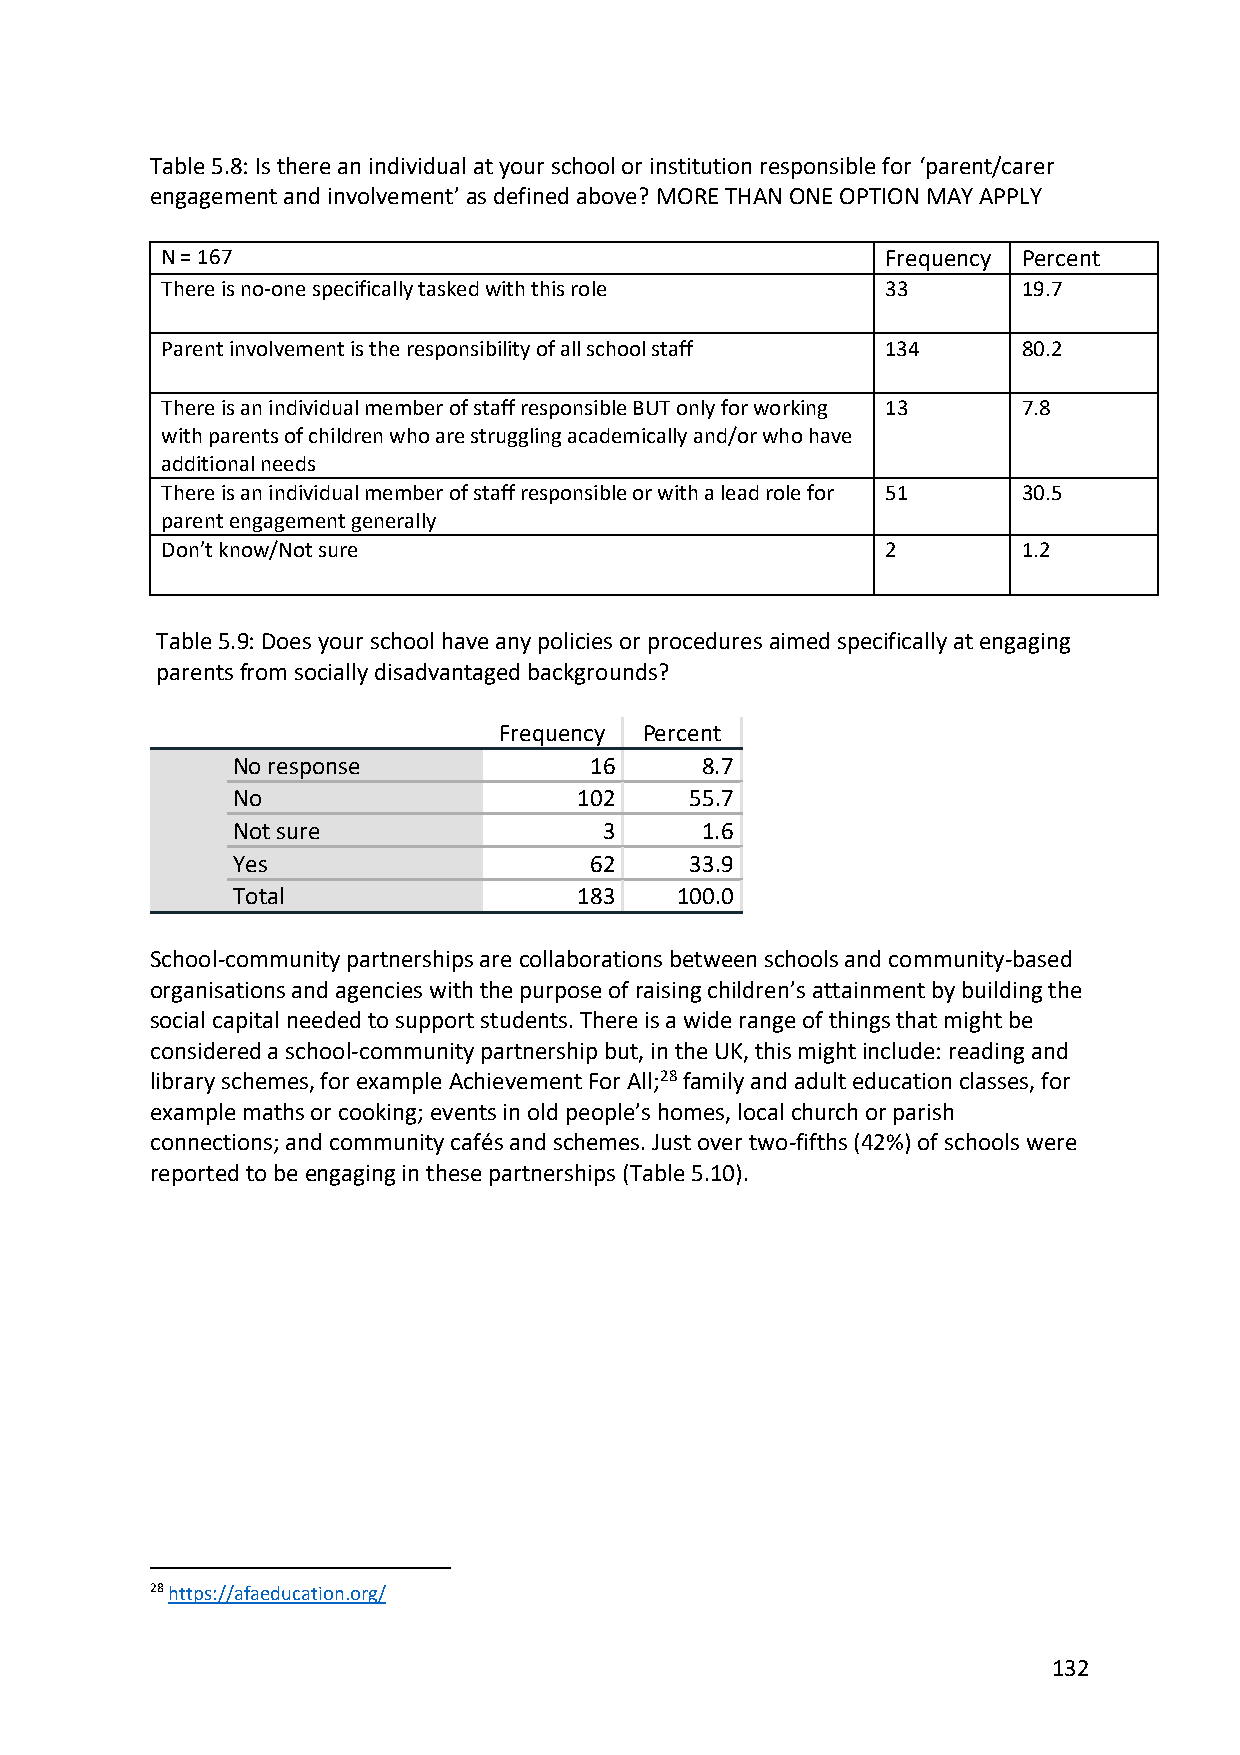
Table 5.8: Is there an individual at your school or institution responsible for ‘parent/carer
 engagement and involvement’ as defined above? MORE THAN ONE OPTION MAY APPLY
 N = 167                                         Frequency Percent
 There is no-one specifically tasked with this role 33    19.7
 Parent involvement is the responsibility of all school staff 134 80.2
 There is an individual member of staff responsible BUT only for working 13 7.8
 with parents of children who are struggling academically and/or who have
 additional needs
 There is an individual member of staff responsible or with a lead role for 51 30.5
 parent engagement generally
 Don’t know/Not sure                             2        1.2
 Table 5.9: Does your school have any policies or procedures aimed specifically at engaging
 parents from socially disadvantaged backgrounds?
 Frequency Percent
 No response             16     8.7
 No                     102     55.7
 Not sure                 3     1.6
 Yes                     62     33.9
 Total                  183    100.0
 School-community partnerships are collaborations between schools and community-based
 organisations and agencies with the purpose of raising children’s attainment by building the
 social capital needed to support students. There is a wide range of things that might be
 considered a school-community partnership but, in the UK, this might include: reading and
 library schemes, for example Achievement For All;28 family and adult education classes, for
 example maths or cooking; events in old people’s homes, local church or parish
 connections; and community cafés and schemes. Just over two-fifths (42%) of schools were
 reported to be engaging in these partnerships (Table 5.10).
 28 https://afaeducation.org/
 132